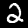
Digit: 2